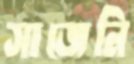
সাজেনি